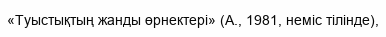
«Туыстықтың жанды өрнектері» (А., 1981, неміс тілінде),